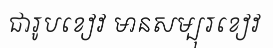
ជារូបខៀវ មានសម្បុរខៀវ